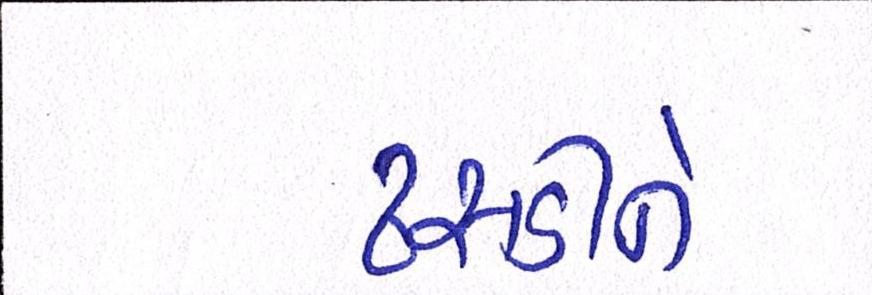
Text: ઢસડીને